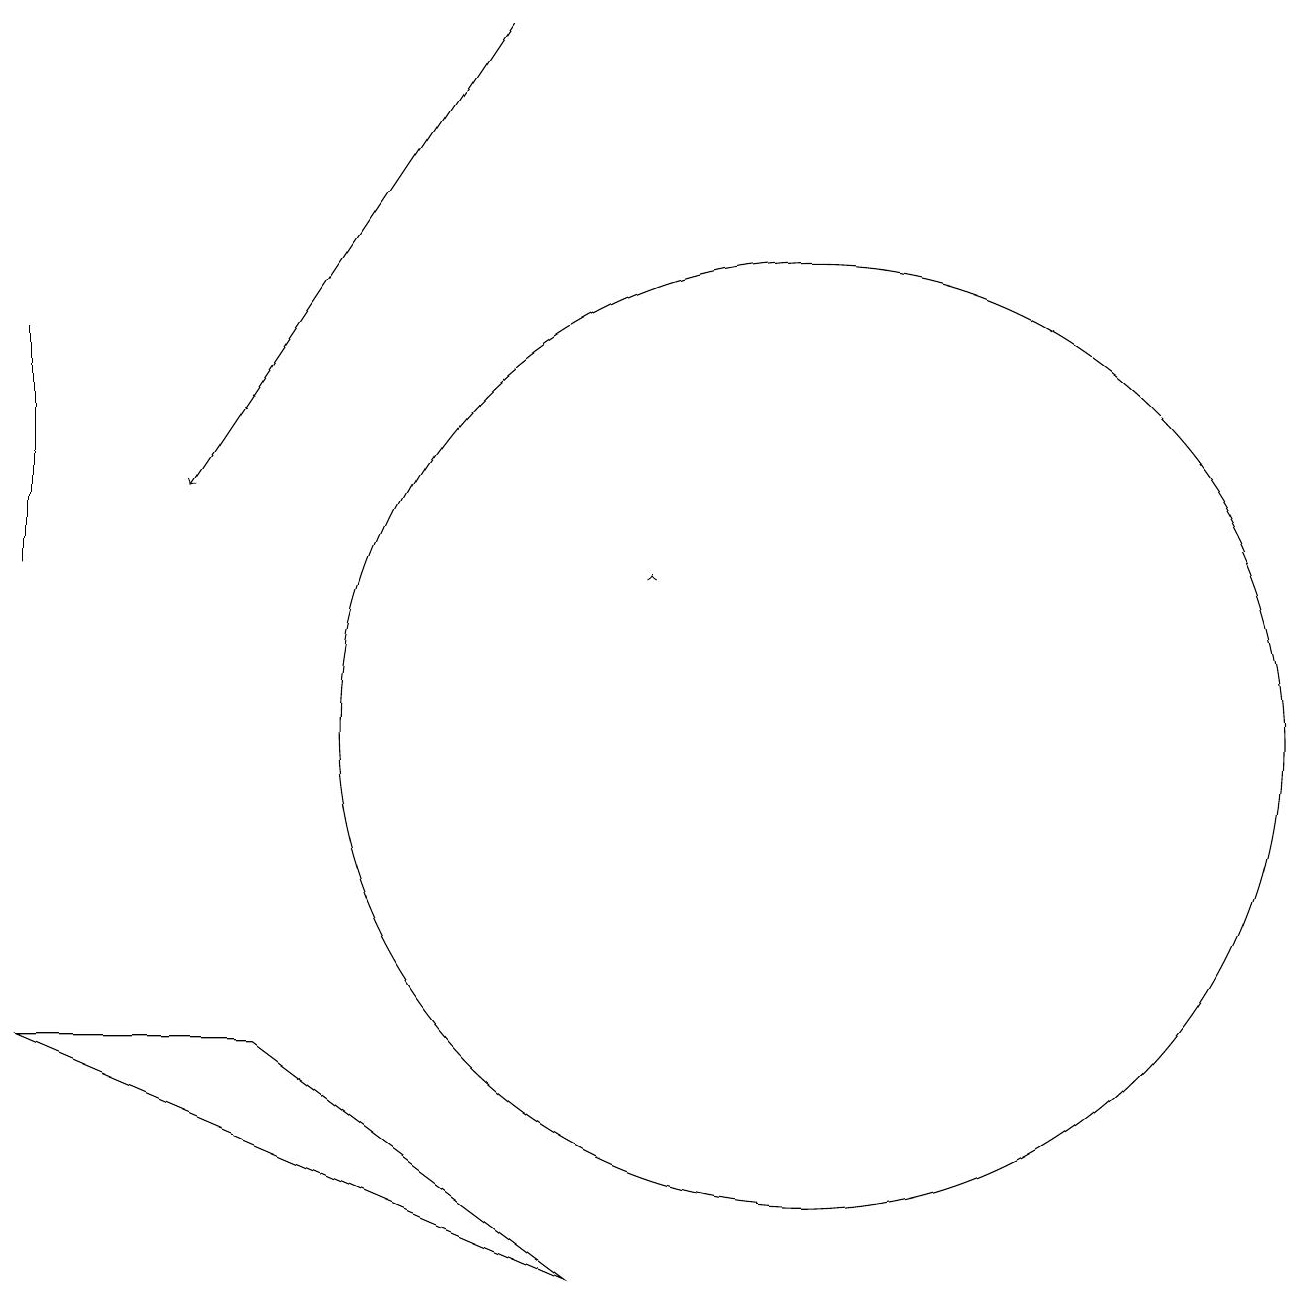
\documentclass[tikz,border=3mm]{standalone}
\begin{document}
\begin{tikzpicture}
\draw (1,12) rectangle (1,15);
\draw (11,10) circle (6);
\draw[->] (9,12) -- (9,12);
\draw[->] (7,19) -- (3,13);
\draw (4,6) -- (1,6) -- (8,3) -- cycle;
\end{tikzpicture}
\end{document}